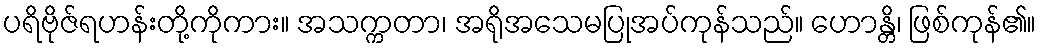
ပရိဗိုဇ်ရဟန်းတို့ကိုကား။ အသက္ကတာ၊ အရိုအသေမပြုအပ်ကုန်သည်။ ဟောန္တိ၊ ဖြစ်ကုန်၏။